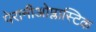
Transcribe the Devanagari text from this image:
पेरानीओप्लास्टिक